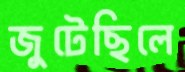
জুটেছিলে